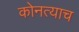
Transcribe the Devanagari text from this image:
कोनत्याच